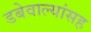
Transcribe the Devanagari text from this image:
डबेवाल्यांसह